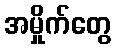
အမှိုက်တွေ